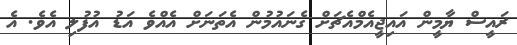
ރައީސް ޔާމީން އައިޖީއެމްއެޗަށް ގެނައުމުން އެތަނަށް އެއްވެ އަޑު އުފުލި އެވެ. އެ